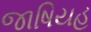
જાષિયહ